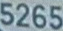
5265